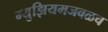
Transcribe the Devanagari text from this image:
म्युझियमजवळच